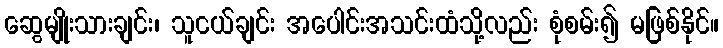
ဆွေမျိုးသားချင်း၊ သူငယ်ချင်း အပေါင်းအသင်းထံသို့လည်း စုံစမ်း၍ မဖြစ်နိုင်။